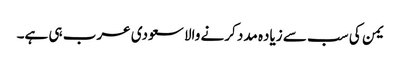
یمن کی سب سے زیاده مدد کرنے والا سعودی عرب ہی ہے۔